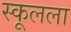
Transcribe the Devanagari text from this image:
स्कूलला